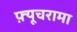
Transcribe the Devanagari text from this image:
फ़्यूचरामा